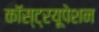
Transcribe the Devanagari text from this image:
कॉस्ट्रयूपेशन